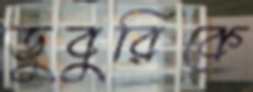
ডুবুরিকে